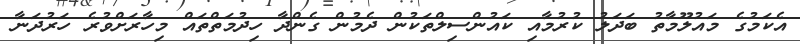
އެކަމުގެ މައުލޫމާތު ބަދަލު ކުރުމާއި ކައުންސިލްތަކުން ދެމުން ގެންދާ ހިދުމަތްތައް މިހާރަށްވުރެ ހަރުދަނާ